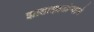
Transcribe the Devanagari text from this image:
झाडाझाडोऱ्याने